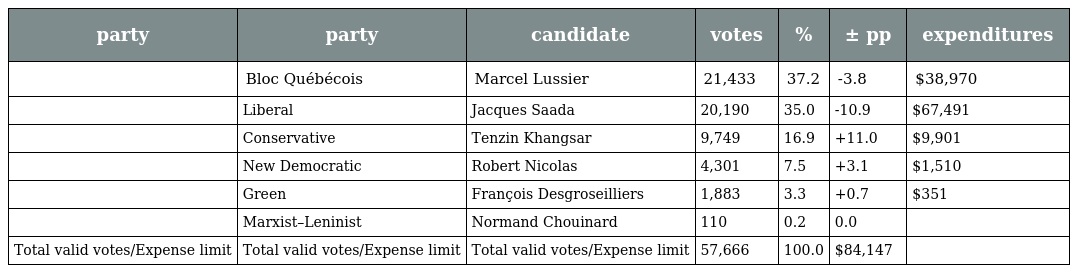
| party | party | candidate | votes | % | ± pp | expenditures |
 | --- | --- | --- | --- | --- | --- | --- |
 |  | Bloc Québécois | Marcel Lussier | 21,433 | 37.2 | -3.8 | $38,970 |
 |  | Liberal | Jacques Saada | 20,190 | 35.0 | -10.9 | $67,491 |
 |  | Conservative | Tenzin Khangsar | 9,749 | 16.9 | +11.0 | $9,901 |
 |  | New Democratic | Robert Nicolas | 4,301 | 7.5 | +3.1 | $1,510 |
 |  | Green | François Desgroseilliers | 1,883 | 3.3 | +0.7 | $351 |
 |  | Marxist–Leninist | Normand Chouinard | 110 | 0.2 | 0.0 |  |
 | Total valid votes/Expense limit | Total valid votes/Expense limit | Total valid votes/Expense limit | 57,666 | 100.0 | $84,147 |  |